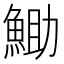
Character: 𮫼